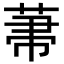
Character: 𦲅